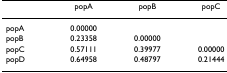
|  | popA | popB | popC |
 | --- | --- | --- | --- |
 | popA | 0.00000 |  |  |
 | popB | 0.23358 | 0.00000 |  |
 | popC | 0.57111 | 0.39977 | 0.00000 |
 | popD | 0.64958 | 0.48797 | 0.21444 |